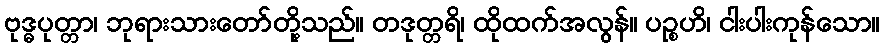
ဗုဒ္ဓပုတ္တာ၊ ဘုရားသားတော်တို့သည်။ တဒုတ္တရိ၊ ထိုထက်အလွန်။ ပဉ္စဟိ၊ ငါးပါးကုန်သော။